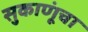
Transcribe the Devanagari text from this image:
सुकाणूंचा